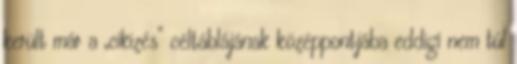
került már a „cikizés” céltáblájának középpontjába eddigi nem túl